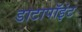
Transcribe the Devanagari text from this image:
डाटापॉइंट